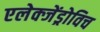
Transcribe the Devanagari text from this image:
एलेक्जेंड्रोविच